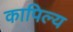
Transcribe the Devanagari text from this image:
कापिल्य